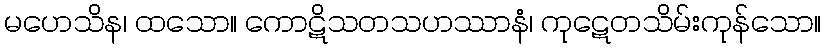
မဟေသိန၊ ထသော။ ကောဋိသတသဟဿာနံ၊ ကုဋေတသိမ်းကုန်သော။